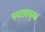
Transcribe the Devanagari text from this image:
स्थलवृक्ष